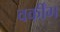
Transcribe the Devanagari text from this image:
वर्कींग